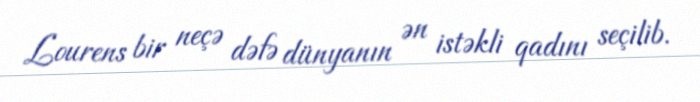
Lourens bir neçə dəfə dünyanın ən istəkli qadını seçilib.